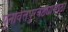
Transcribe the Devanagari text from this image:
पुनर्वित्तपुरवठ्यासाठी